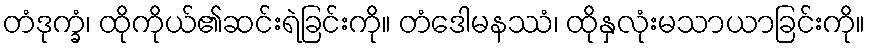
တံဒုက္ခံ၊ ထိုကိုယ်၏ဆင်းရဲခြင်းကို။ တံဒေါမနဿံ၊ ထိုနှလုံးမသာယာခြင်းကို။